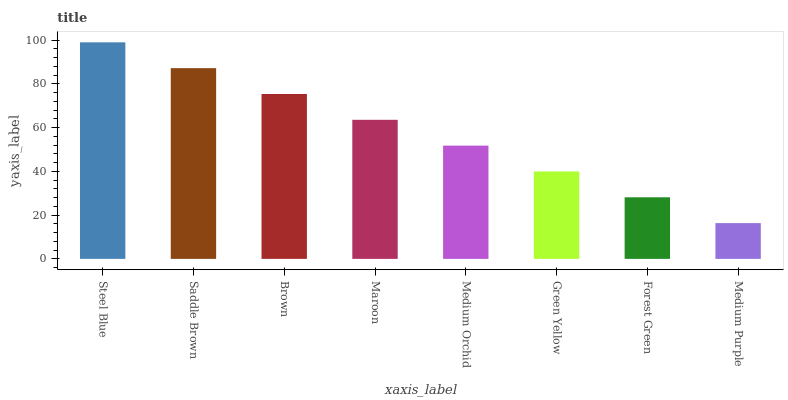
| xaxis_label | bars |
 | --- | --- |
 | Steel Blue | 99 |
 | Saddle Brown | 87.2 |
 | Brown | 75.4 |
 | Maroon | 63.6 |
 | Medium Orchid | 51.8 |
 | Green Yellow | 40 |
 | Forest Green | 28.2 |
 | Medium Purple | 16.4 |